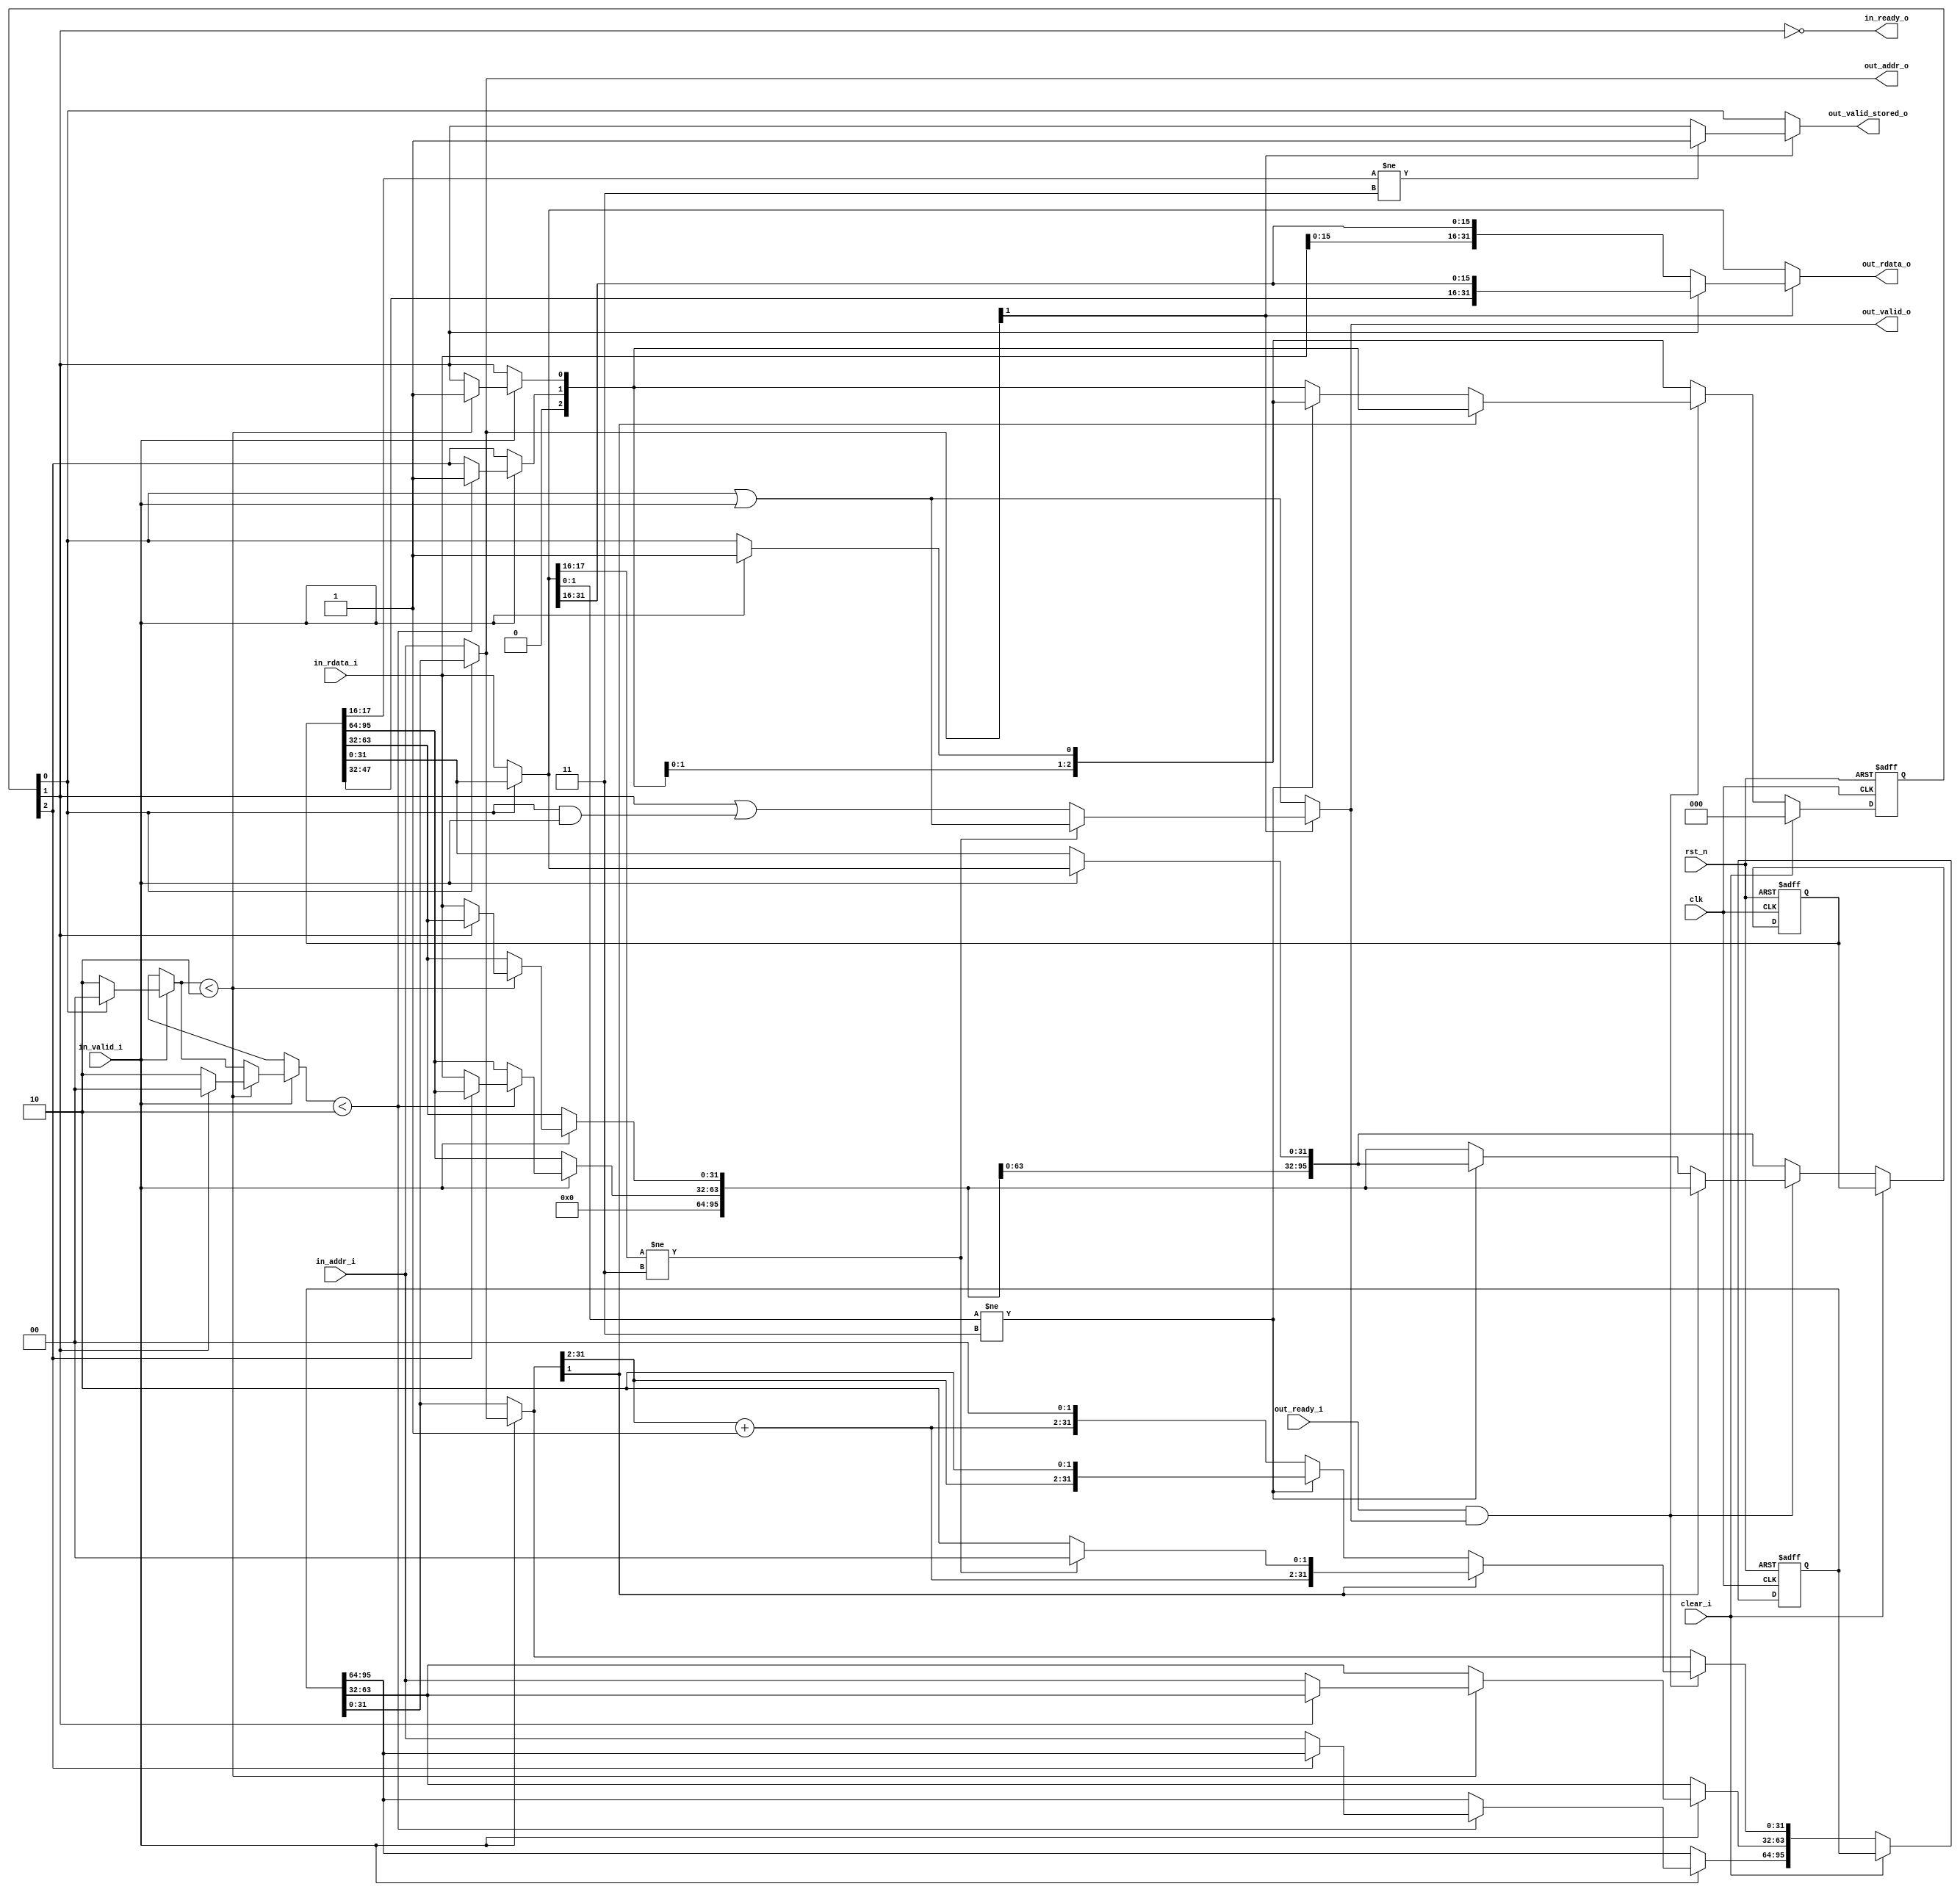
// Copyright lowRISC contributors.
// Copyright 2018 ETH Zurich and University of Bologna.
// Licensed under the Apache License, Version 2.0, see LICENSE for details.
// SPDX-License-Identifier: Apache-2.0

////////////////////////////////////////////////////////////////////////////////
//                                                                            //
// Design Name:    Fetch Fifo for 32 bit memory interface                     //
// Project Name:   ibex                                                       //
// Language:       SystemVerilog                                              //
//                                                                            //
// Description:    Fetch fifo                                                 //
////////////////////////////////////////////////////////////////////////////////

module flexbex_ibex_fetch_fifo (
	clk,
	rst_n,
	clear_i,
	in_addr_i,
	in_rdata_i,
	in_valid_i,
	in_ready_o,
	out_valid_o,
	out_ready_i,
	out_rdata_o,
	out_addr_o,
	out_valid_stored_o
);
	input wire clk;
	input wire rst_n;
	input wire clear_i;
	input wire [31:0] in_addr_i;
	input wire [31:0] in_rdata_i;
	input wire in_valid_i;
	output wire in_ready_o;
	output reg out_valid_o;
	input wire out_ready_i;
	output reg [31:0] out_rdata_o;
	output wire [31:0] out_addr_o;
	output reg out_valid_stored_o;
	localparam DEPTH = 3;
	reg [95:0] addr_n;
	reg [95:0] addr_int;
	reg [95:0] addr_Q;
	reg [95:0] rdata_n;
	reg [95:0] rdata_int;
	reg [95:0] rdata_Q;
	reg [2:0] valid_n;
	reg [2:0] valid_int;
	reg [2:0] valid_Q;
	wire [31:2] addr_next;
	wire [31:0] rdata;
	wire [31:0] rdata_unaligned;
	wire valid;
	wire valid_unaligned;
	wire aligned_is_compressed;
	wire unaligned_is_compressed;
	wire unaligned_is_compressed_st;
	assign rdata = (valid_Q[0] ? rdata_Q[0+:32] : in_rdata_i);
	assign valid = valid_Q[0] | in_valid_i;
	assign rdata_unaligned = (valid_Q[1] ? {rdata_Q[47-:16], rdata[31:16]} : {in_rdata_i[15:0], rdata[31:16]});
	assign valid_unaligned = valid_Q[1] | (valid_Q[0] & in_valid_i);
	assign unaligned_is_compressed = rdata[17:16] != 2'b11;
	assign aligned_is_compressed = rdata[1:0] != 2'b11;
	assign unaligned_is_compressed_st = rdata_Q[17-:2] != 2'b11;
	always @(*)
		if (out_addr_o[1]) begin
			out_rdata_o = rdata_unaligned;
			if (unaligned_is_compressed)
				out_valid_o = valid;
			else
				out_valid_o = valid_unaligned;
		end
		else begin
			out_rdata_o = rdata;
			out_valid_o = valid;
		end
	assign out_addr_o = (valid_Q[0] ? addr_Q[0+:32] : in_addr_i);
	always @(*) begin
		out_valid_stored_o = 1'b1;
		if (out_addr_o[1]) begin
			if (unaligned_is_compressed_st)
				out_valid_stored_o = 1'b1;
			else
				out_valid_stored_o = valid_Q[1];
		end
		else
			out_valid_stored_o = valid_Q[0];
	end
	assign in_ready_o = ~valid_Q[1];
	always @(*) begin : sv2v_autoblock_1
		reg [0:1] _sv2v_jump;
		_sv2v_jump = 2'b00;
		addr_int = addr_Q;
		rdata_int = rdata_Q;
		valid_int = valid_Q;
		if (in_valid_i) begin : sv2v_autoblock_2
			reg signed [31:0] j;
			for (j = 0; j < DEPTH; j = j + 1)
				if (_sv2v_jump < 2'b10) begin
					_sv2v_jump = 2'b00;
					if (!valid_Q[j]) begin
						addr_int[j * 32+:32] = in_addr_i;
						rdata_int[j * 32+:32] = in_rdata_i;
						valid_int[j] = 1'b1;
						_sv2v_jump = 2'b10;
					end
				end
			if (_sv2v_jump != 2'b11)
				_sv2v_jump = 2'b00;
		end
	end
	assign addr_next[31:2] = addr_int[31-:30] + 30'h00000001;
	always @(*) begin
		addr_n = addr_int;
		rdata_n = rdata_int;
		valid_n = valid_int;
		if (out_ready_i && out_valid_o)
			if (addr_int[1]) begin
				if (unaligned_is_compressed)
					addr_n[0+:32] = {addr_next[31:2], 2'b00};
				else
					addr_n[0+:32] = {addr_next[31:2], 2'b10};
				rdata_n = {32'b00000000000000000000000000000000, rdata_int[32+:64]};
				valid_n = {1'b0, valid_int[2:1]};
			end
			else if (aligned_is_compressed)
				addr_n[0+:32] = {addr_int[31-:30], 2'b10};
			else begin
				addr_n[0+:32] = {addr_next[31:2], 2'b00};
				rdata_n = {32'b00000000000000000000000000000000, rdata_int[32+:64]};
				valid_n = {1'b0, valid_int[2:1]};
			end
	end
	always @(posedge clk or negedge rst_n)
		if (!rst_n) begin
			addr_Q <= {DEPTH {32'b00000000000000000000000000000000}};
			rdata_Q <= {DEPTH {32'b00000000000000000000000000000000}};
			valid_Q <= 1'sb0;
		end
		else if (clear_i)
			valid_Q <= 1'sb0;
		else begin
			addr_Q <= addr_n;
			rdata_Q <= rdata_n;
			valid_Q <= valid_n;
		end
endmodule